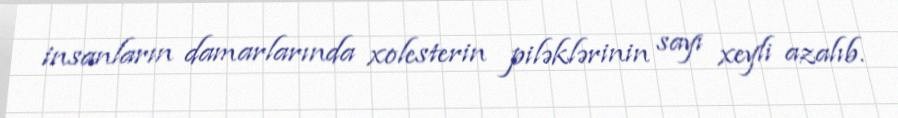
insanların damarlarında xolesterin piləklərinin sayı xeyli azalıb.